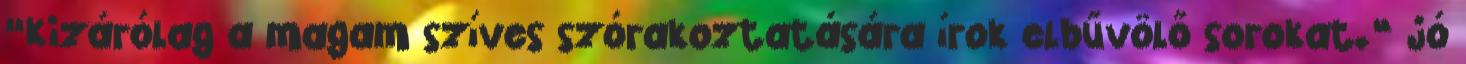
“Kizárólag a magam szíves szórakoztatására írok elbűvölő sorokat.” jó